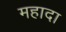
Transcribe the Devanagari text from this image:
महादा